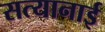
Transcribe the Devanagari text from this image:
सत्यानाई